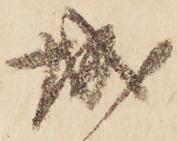
城